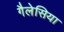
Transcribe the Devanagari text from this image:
गैलेसिया